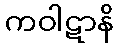
ကဝါဋာနိ